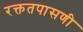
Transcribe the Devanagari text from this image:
रक्ततपासणी